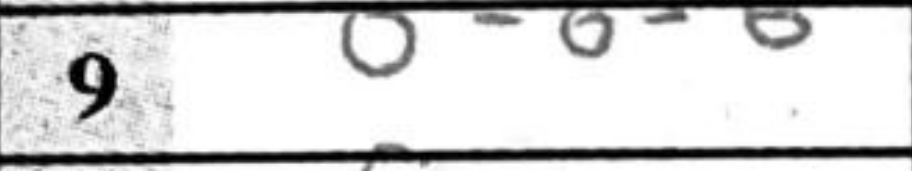
Transcription: O-O-O